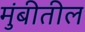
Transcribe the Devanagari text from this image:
मुंबीतील